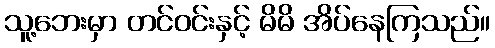
သူ့ဘေးမှာ တင်ဝင်းနှင့် မိမိ အိပ်နေကြသည်။